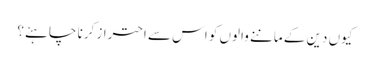
کیوں دین کے ماننے والوں کو اس سے احتراز کرنا چاہئے؟